Annual report on the working of the lock hospitals in the North-Western Provinces and Oudh
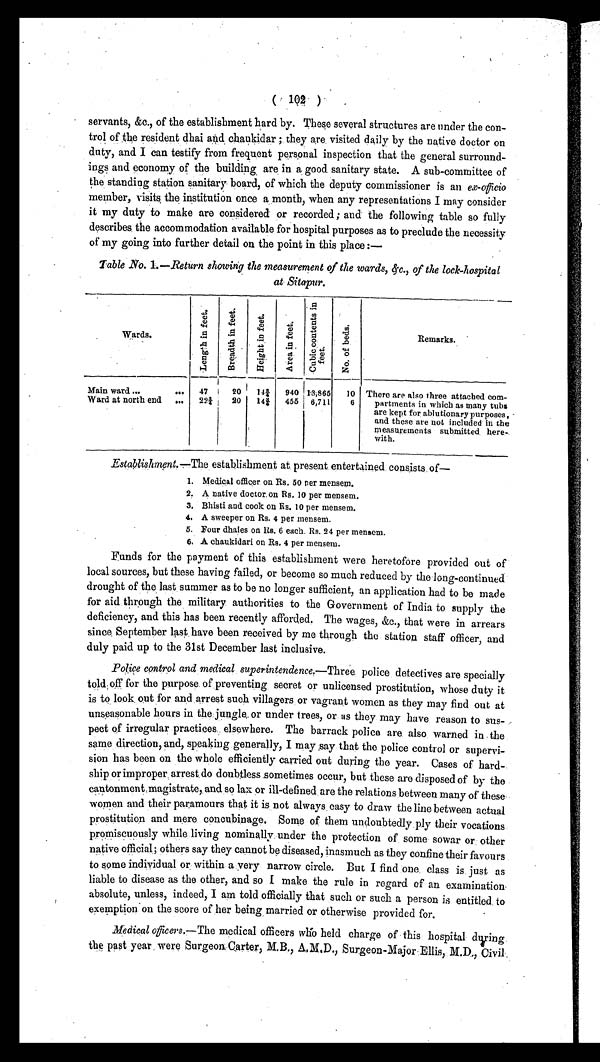
( 102 )
servants, &c., of the establishment hard by. These several structures are under the con-
trol of the resident dhai and chaukidar ; they are visited daily by the native doctor on
duty, and I can testify from frequent personal inspection that the general surround-
ings and economy of the building are, in a good sanitary state. A sub-committee of
the standing station sanitary board, of which the deputy commissioner is an ex-officio
member, visits the institution once a month, when any representations I may consider
it my duty to make are considered or recorded ; and the following table so fully
describes, the accommodation available for hospital purposes as to preclude the necessity
of my going into further detail on the point in this place :—
Table No. 1.—Return showing the measurement of the wards, &c., of the lock-hospital
at Sitapur.
Wards.
L e n g t h i n f e e t . B r e a d t h i n f e e t .
H e i g h t n f e e t .
A r e a i n f e e t .
C u b i c c o n t e n t s i n f e e t .
N o . o f b e d s .
Remarks.
Main ward ...
... 47
20 14¾ 940 1.3,865 10 There are also three attached com-
partments in which as many tubs
are kept for ablutionary purposes,
and these are not included in the
measurements submitted. here-
with.
Ward at north end ... 22¾ 20 14 ¾ 455 6,711
6
Establishment.—The establishment at present entertained consists of
—
1 . M e d i c a l o f f i c e r o n R s . 5 0 p e r m e n s e m .
2. A native doctor. on Rs. 10 per mensem.
3. Bhisti and cook on Rs. 10 per mensem.
4. A sweeper on Rs. 4 per mensem.
5. Four dhaies on Its. 6 each. Rs. 24 per menscm.
6. A chaukidari on Rs. 4 per mensem.
Funds for the payment of this establishment were heretofore provided out of
local sources, but these having failed, or become so much reduced by the long-continued
drought of the last summer as to be no longer sufficient, an application had to be made
for aid through the military authorities to the Government of India to supply the
deficiency, and this has been recently afforded. The wages, &c., that were in arrears
since, September last have been received by me through the station staff officer, and
duly paid up to the 31st December last inclusive.
Police control and medical superintendence.— Three police detectives are specially
told off for the purpose of preventing secret or unlicensed prostitution, whose duty it
is to, look, out for and, arrest such villagers or vagrant women as they may find out at
unseasonable hours in the. jungle, or under trees, or as they may have reason to sus-
pect of irregular practices elsewhere. The barrack police are also warned in the
same direction, and, speaking generally, I may say that the police control or supervi-
sion has been on the whole efficiently carried out during the year. Cases of hard-
ship or improper arrest, do doubtless .sometimes occur, but these are disposed of by the
cantonment magistrate, and so lax or ill-defined , are the relations between many of these
women and their paramours that it is not always , easy to draw the line between actual
prostitution and mere concubinage Some of them undoubtedly ply their vocations
promiscuously while living nominally under the protection of some sowar or other
native official; others say they cannot be diseased, inasmuch as they confine their favours
to some individual or within a very narrow circle. But I find one, class is just as
liable to disease as the other, and so I make the rule in regard of an examination.
absolute, unless, indeed, I am told officially that such or such a person is entitled. to
exemption on the score of her being married or otherwise provided for.
Medical officers.— The medical officers who held charge of this hospital during
the past year were Surgeon Carter, M.B., AMD., Surgeon-Major , Ellis, M.D., Civil.